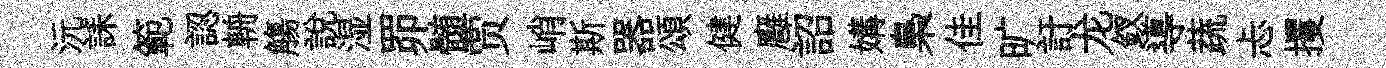
沅誄範認輈觴説湿𦊑髄贾峭斯器頌健廱詔媾梟佳旷訏龙釵導蔬忐攫